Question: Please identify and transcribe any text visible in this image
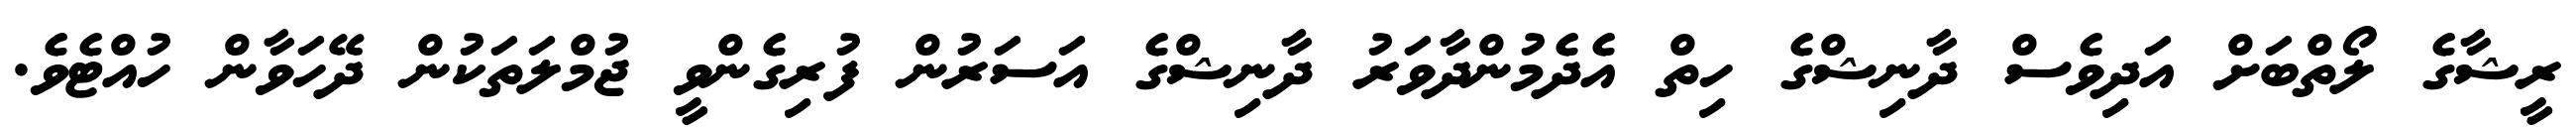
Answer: ރީޝާގެ ލޯތްބަށް އަދިވެސް ދާނިޝްގެ ހިތް އެދެމުންދާވަރު ދާނިޝްގެ އަސަރުން ފުރިގެންވީ ޖުމްލަތަކުން ދޭހަވާން ހުއްޓެވެ.